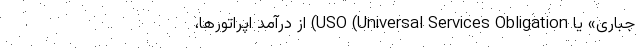
جباری» یا USO (Universal Services Obligation) از درآمد اپراتورها،